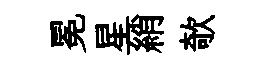
冕星綃欹